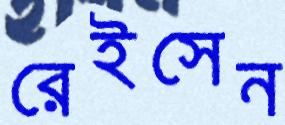
রেইসেন